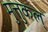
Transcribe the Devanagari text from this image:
मुत्तुकल्